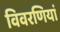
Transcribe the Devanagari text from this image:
विवरणियां